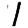
Digit: 1